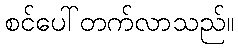
စင်ပေါ်တက်လာသည်။